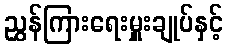
ညွှန်ကြားရေးမှူးချုပ်နှင့်